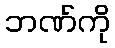
ဘဏ်ကို